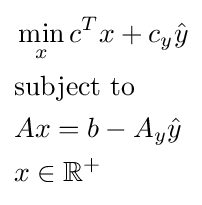
{\begin{aligned}&\min _{x}c^{T}x+c_{y}{\hat {y}}\\&{\text{subject to}}\\&Ax=b-A_{y}{\hat {y}}\\&x\in \mathbb {R} ^{+}\end{aligned}}